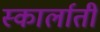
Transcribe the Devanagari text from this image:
स्कार्लाती